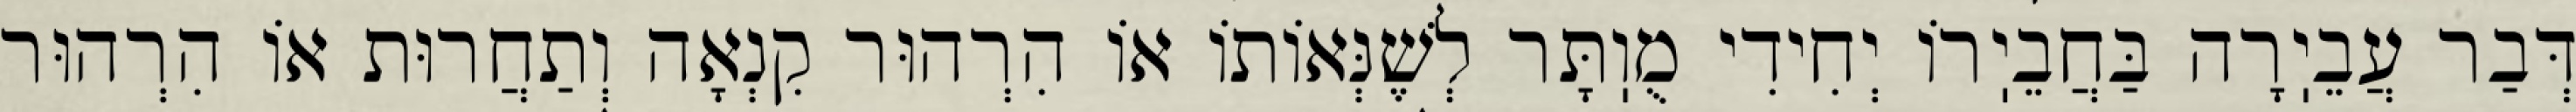
דְּבַר עֲבֵיֽרָה בַּחֲבֵיֽרוֹ יְחִידִי מֻוֽתָּר לְשֶׁנְּאוֹתוֹ אוֹ הִרְהוּר קִנְאָה וְתַחֲרוּת אוֹ הִרְהוּר